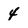
Character: 4